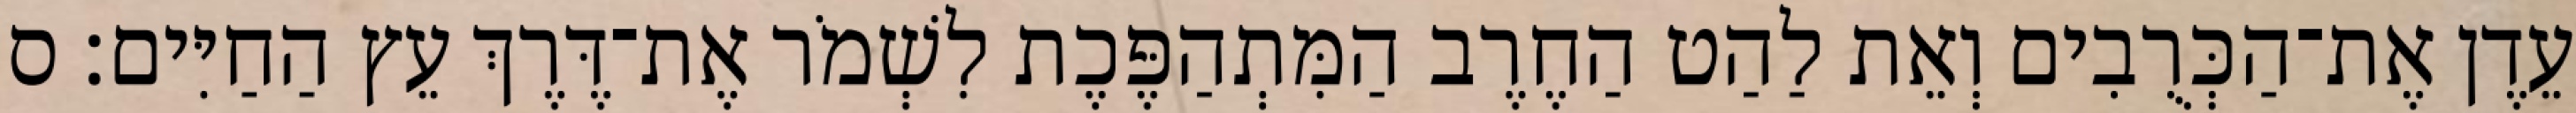
עֵדֶן אֶת־הַכְּרֻבִים וְאֵת לַהַט הַחֶרֶב הַמִּתְהַפֶּכֶת לִשְׁמֹר אֶת־דֶּרֶךְ עֵץ הַחַיִּים׃ ס